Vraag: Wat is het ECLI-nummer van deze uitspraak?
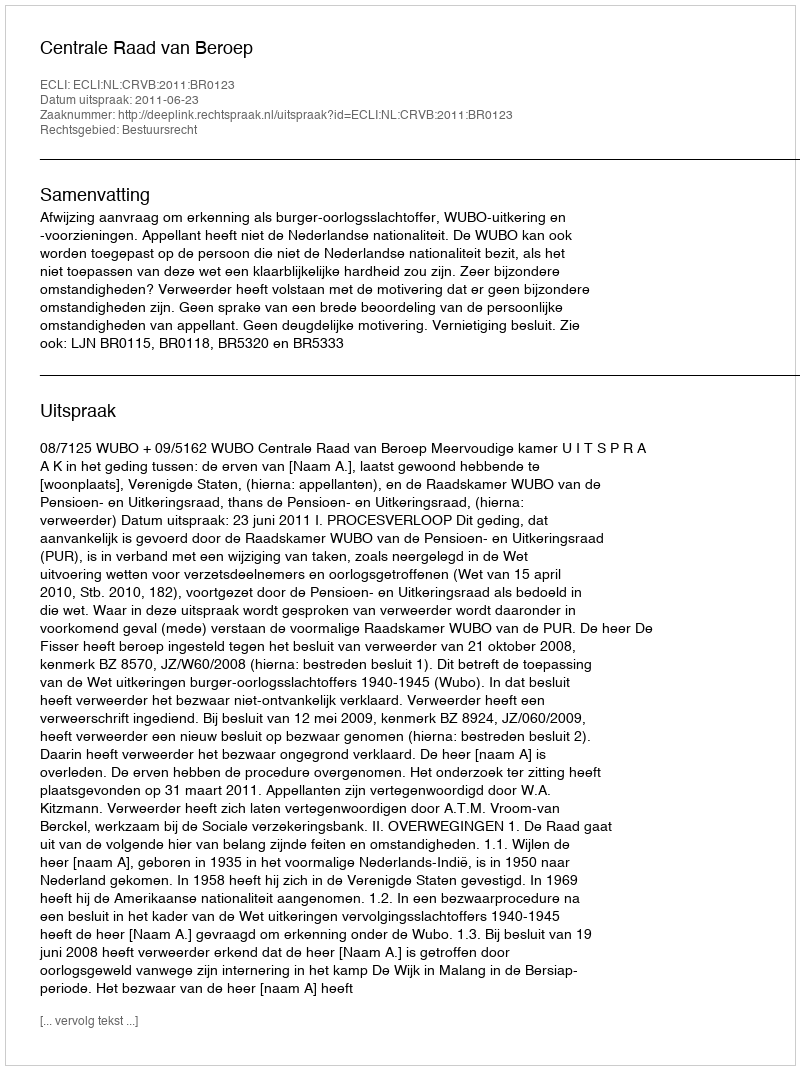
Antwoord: ECLI:NL:CRVB:2011:BR0123